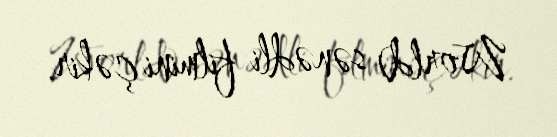
World) sənədli filmini çəkir.